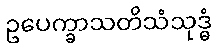
ဥပေက္ခာသတိသံသုဒ္ဓံ